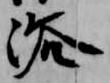
浴